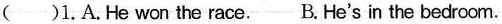
( )1.A.He won the race.- B. He's in the bedroom.